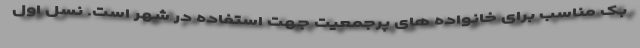
بک مناسب برای خانواده های پرجمعیت جهت استفاده در شهر است. نسل اول